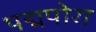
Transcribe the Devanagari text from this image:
पद्मपोरा